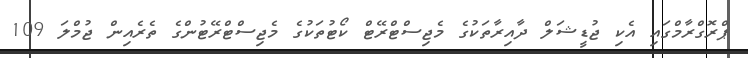
ޕްރޮގްރާމްގައި އެކި ޖުޑީޝަލް ދާއިރާތަކުގެ މެޖިސްޓްރޭޓް ކޯޓުތަކުގެ މެޖިސްޓްރޭޓުންގެ ތެރެއިން ޖުމްލަ 109